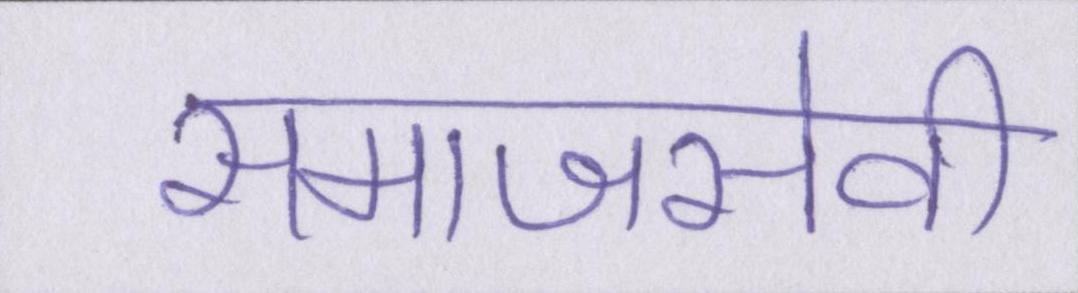
समाजसेवी